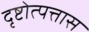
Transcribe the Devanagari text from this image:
दृष्टोत्पत्तास